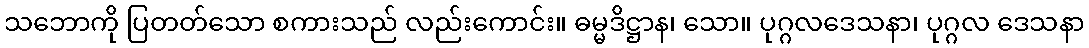
သဘောကို ပြတတ်သော စကားသည် လည်းကောင်း။ ဓမ္မဒိဋ္ဌာန၊ သော။ ပုဂ္ဂလဒေသနာ၊ ပုဂ္ဂလ ဒေသနာ